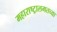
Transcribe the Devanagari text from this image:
महाराष्ट्रालगतच्या